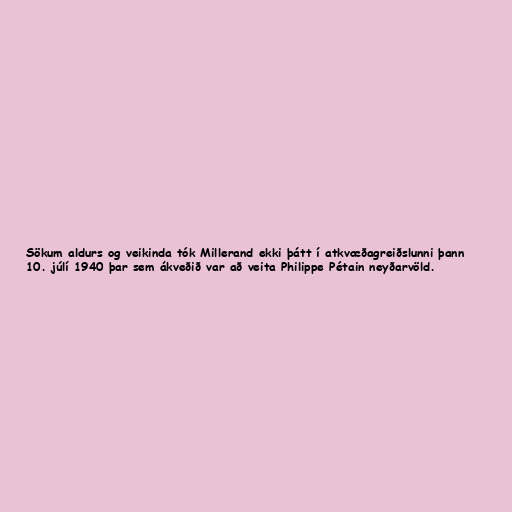
Sökum aldurs og veikinda tók Millerand ekki þátt í atkvæðagreiðslunni þann
10. júlí 1940 þar sem ákveðið var að veita Philippe Pétain neyðarvöld.